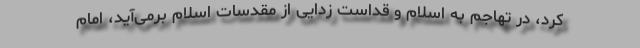
کرد، در تهاجم به اسلام و قداست زدایی از مقدسات اسلام برمی‌آید، امام